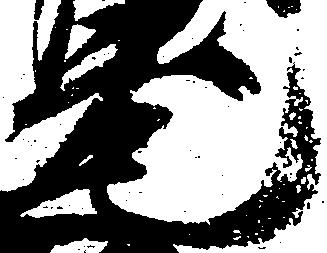
元